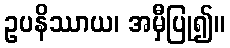
ဥပနိဿာယ၊ အမှီပြု၍။